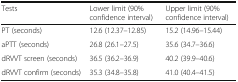
<table><thead><tr><td><b>Tests</b></td><td><b>Lower limit (90% confidence interval)</b></td><td><b>Upper limit (90% confidence interval)</b></td></tr></thead><tbody><tr><td>PT (seconds)</td><td>12.6 (12.37–12.85)</td><td>15.2 (14.96–15.44)</td></tr><tr><td>aPTT (seconds)</td><td>26.8 (26.1–27.5)</td><td>35.6 (34.7–36.6)</td></tr><tr><td>dRVVT screen (seconds)</td><td>36.5 (36.2–36.9)</td><td>40.2 (39.9–40.6)</td></tr><tr><td>dRVVT confirm (seconds)</td><td>35.3 (34.8–35.8)</td><td>41.0 (40.4–41.5)</td></tr></tbody></table>